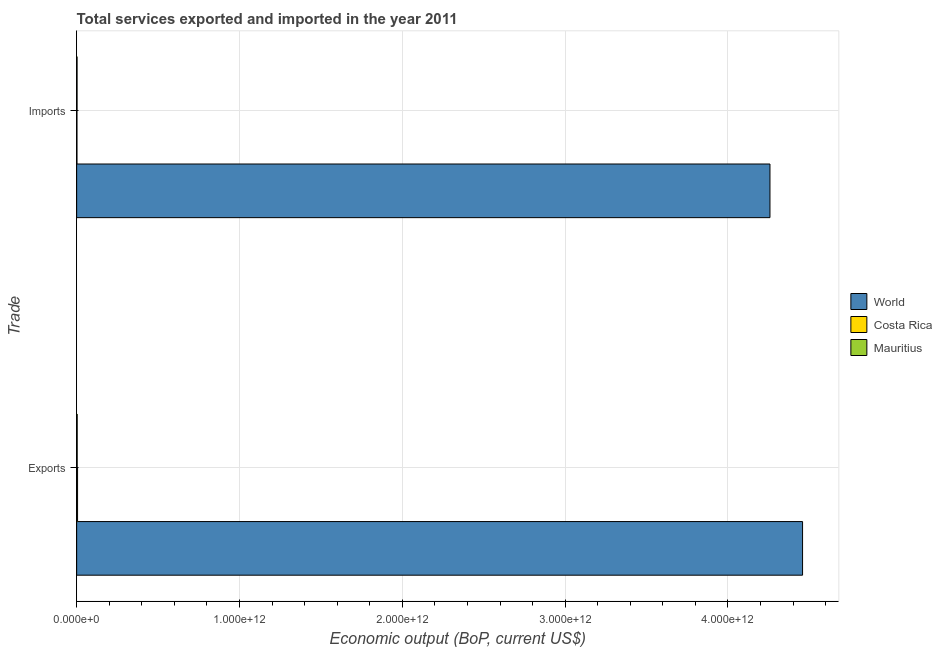
| Trade | World | Costa Rica | Mauritius |
 | --- | --- | --- | --- |
 | Exports | 4.46e+12 | 5.52e+09 | 3.26e+09 |
 | Imports | 4.26e+12 | 1.82e+09 | 2.47e+09 |